Report of the Indian Hemp Drugs Commission, 1894-1895 - Volume V
Year: 1894
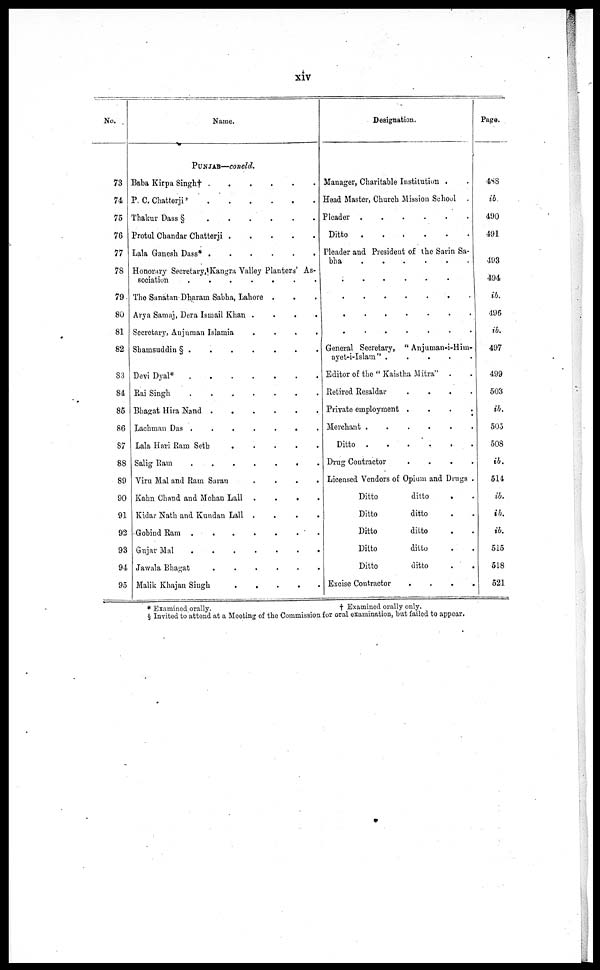
xiv
No.
73
74
75
76
77
78
79
80
81
82
83
84
85
86
87
88
89
90
91
92
93
94
95
Name.
PUNJAB—concld.
Baba Kirpa Singh† . . . . . . .
P. C. Chatterji
.
.
.
.
.
.
.
Thakur Dass §
.
.
.
.
Protul Chandar Chatterji . . . . . . .
Lala Ganesh Dass* .
.
.
.
Honorary Secretary, Kaugra Valley Planters' As-
sociation
.
.
.
.
The Sanatan Dharam Sabha, Lahore . . .
Arya Samaj, Dera Ismail Khan .
.
.
.
Secretary, Anjuman Islamia
.
.
.
.
Shamsuddin § .
.
.
.
Devi Dyal*
.
.
.
.
.
.
.
Rai Singh
.
.
.
.
Bhagat Hira Nand
.
.
.
.
.
.
.
Lachman Das .
.
.
.
Lala Hari Ram Seth . . . . . . .
Salig
Ram
.
.
.
.
.
.
.
Viru Mal and Ram Saran . . . . .
Kahn Chand and Mohan Lall
. . . .
Kidar Hath and Kundan Lall .
.
.
.
Gobind Ram .
.
.
.
Gujar
Mal
.
.
.
.
.
.
.
Jawala Bhagat
.
.
.
.
Malik Khajan Singh
.
.
.
.
.
.
Designation.
Manager, Charitable Institution
Head Master, Church Mission School
Pleader . . . . . . . .
Ditto
.
.
.
Pleader and President of the Sarin Sa-
bha
.
.
.
.
.
.
.
. . . . . . . .
. . . . . . . .
. . . . . . . .
. . . . . . . .
General Secretary, "Anjuman-i-Him-
ayet-i-Islam" . . . . . . .
Editor of the "Kaistha Mitra" . .
Retired Resaldar
.
.
.
Private employment .
.
.
Merchant .
.
.
Ditto . . . . . . . .
Drug Contractor
. . . .
Licensed Vendors of Opium and Drugs .
Ditto
ditto . .
Ditto
ditto . .
Ditto
ditto . .
Ditto
ditto . .
Ditto
ditto
.
.
Excise Contractor
. . .
Page.
4SS
ib
490
491
493
494
ib.
496
ib.
497
499
503
ib.
503
508
ib.
514
ib.
ib.
ib.
515
518
521
* Examined orally.
†
Examined orally only.
§ Invited to attend at a Meeting of the Commission for oral examination, but failed to appear.